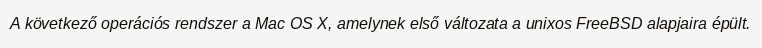
A következő operációs rendszer a Mac OS X, amelynek első változata a unixos FreeBSD alapjaira épült.